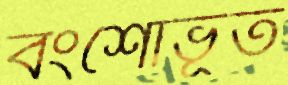
বংশোভূত